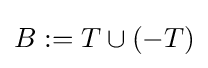
B:=T\cup (-T)